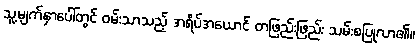
သူ့မျက်နှာပေါ်တွင် ဝမ်းသာသည့် အရိပ်အယောင် တဖြည်းဖြည်း သမ်းစပြုလာ၏။